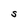
Character: S